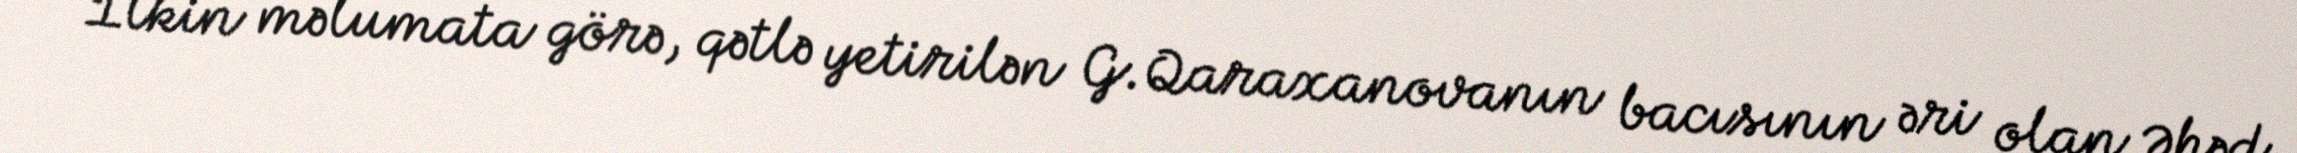
İlkin məlumata görə, qətlə yetirilən G.Qaraxanovanın bacısının əri olan Əhəd